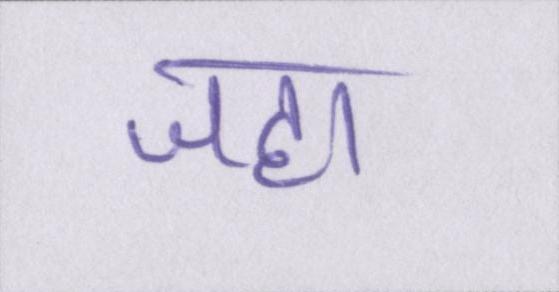
जहा